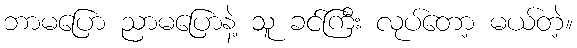
ဘာမပြော ညာမပြောနဲ့ သူ ခင်ကြီး လုပ်တော့ မယ်တဲ့။